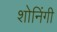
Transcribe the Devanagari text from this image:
शोनिंगी